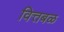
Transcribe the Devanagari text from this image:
वित्तबळ